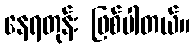
နေရတုန်း ဖြစ်ပါတယ်။